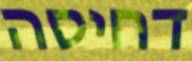
דחיסה